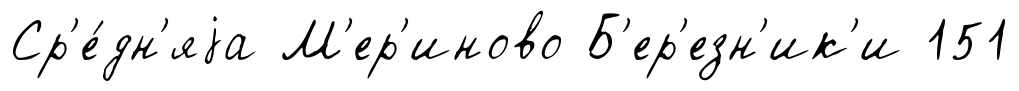
Ср'е́дн'яjа М'ер'иново Б'ер'езн'ик'и 151